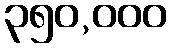
၃၅၀,၀၀၀